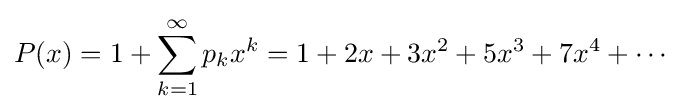
P(x)=1+\sum _{k=1}^{\infty }p_{k}x^{k}=1+2x+3x^{2}+5x^{3}+7x^{4}+\cdots